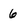
Character: 6